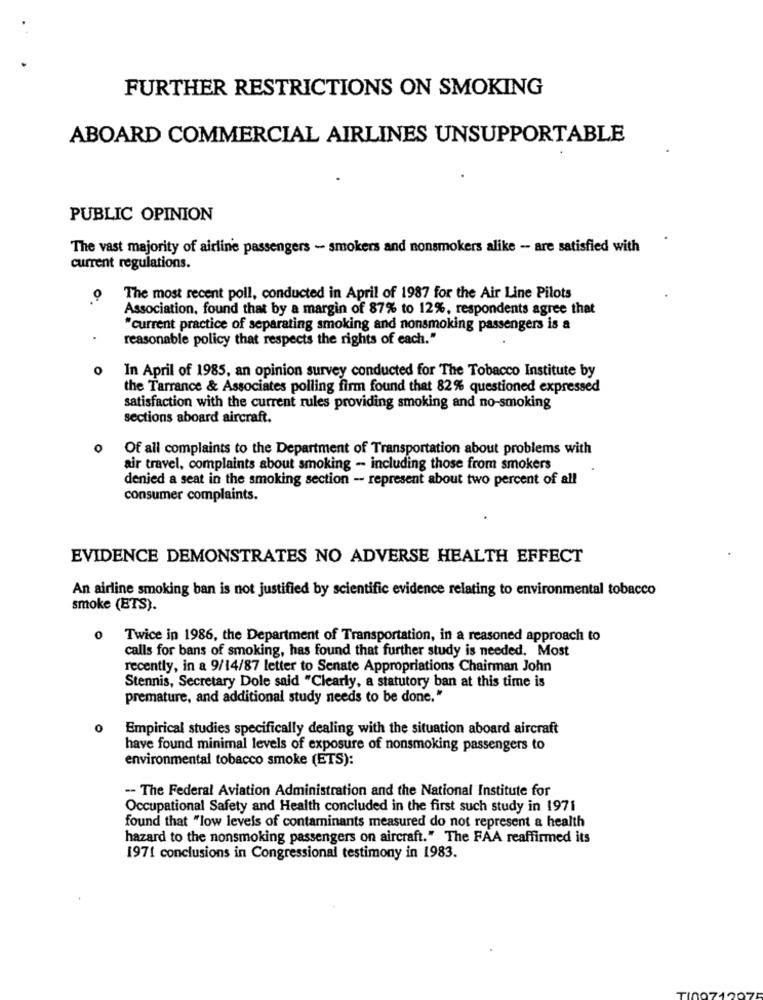
FURTHER RESTRICTIONS ON SMOKING
ABOARD COMMERCIAL AIRLINES UNSUPPORTABLE
PUBLIC OPINION
The vast majority of airline passengers - smokers and nonsmokers alike -- are satisfied with
current regulations.
O.
The most recent poll, conducted in April of 1987 for the Air Line Pilots
Association, found that by a margin of 87% to 12%, respondents agree that
"current practice of separating smoking and nonsmoking passengers is a
reasonable policy that respects the rights of each."
O
In April of 1985, an opinion survey conducted for The Tobacco Institute by
the Tarrance & Associates polling firm found that 82% questioned expressed
satisfaction with the current rules providing smoking and no-smoking
sections aboard aircraft.
0
Of all complaints to the Department of Transportation about problems with
air travel, complaints about smoking - including those from smokers
denied a seat in the smoking section - represent about two percent of all
consumer complaints.
EVIDENCE DEMONSTRATES NO ADVERSE HEALTH EFFECT
An airline smoking ban is not justified by scientific evidence relating to environmental tobacco
smoke (BTS).
0
Twice in 1986, the Department of Transportation, in a reasoned approach to
calls for bans of smoking, has found that further study is needed. Most
recently, in a 9/14/87 letter to Senate Appropriations Chairman John
Stennis, Secretary Dole said "Clearly, a statutory ban at this time is
premature, and additional study needs to be done."
0
Empirical studies specifically dealing with the situation aboard aircraft
have found minimal levels of exposure of nonsmoking passengers to
environmental tobacco smoke (ETS):
-- The Federal Aviation Administration and the National Institute for
Occupational Safety and Health concluded in the first such study in 1971
found that "low levels of contaminants measured do not represent a health
hazard to the nonsmoking passengers on aircraft." The FAA reaffirmed its
1971 conclusions in Congressional testimony in 1983.